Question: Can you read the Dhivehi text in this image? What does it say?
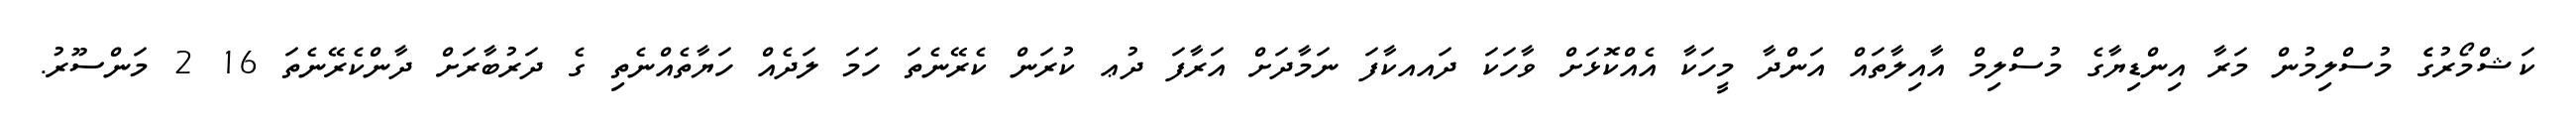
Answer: ކަޝްމޯރުގެެ މުސްލިމުން މަރާ އިންޑިޔާގެ މުސްލިމް އާއިލާތައް އަންދާ މީހަކާ އެއްކޮޅަށް ވާހަކަ ދައއކާފަ ނަމާދަށް އަރާފަ ދުޢ ކުރަން ކެރޭނެތަ ހަމަ ލަދެއް ހަޔާތެއްނެތި ގެ ދަރުބާރަށް ދާންކެރޭނެތަ 16 2 މަންސޫރު.